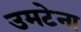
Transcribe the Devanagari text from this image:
उमटेना